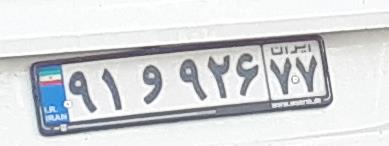
۹۱و۹۲۶۷۷